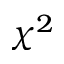
\chi ^ { 2 }